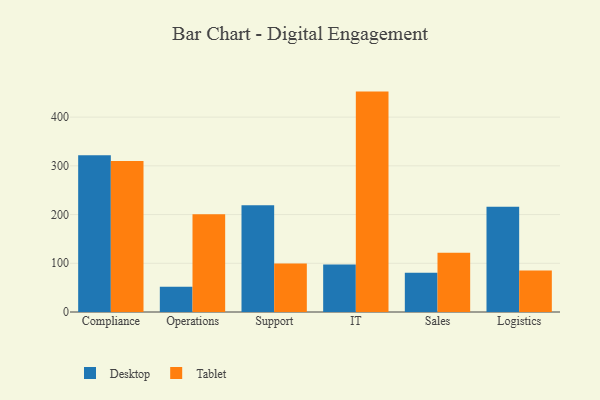
{"axis": {"x": "Department", "y": "Website Visitors"}, "legend": ["Desktop", "Tablet"], "data": [{"x": "Compliance", "y": 321.5, "type": "Desktop"}, {"x": "Compliance", "y": 310.2, "type": "Tablet"}, {"x": "Operations", "y": 51.6, "type": "Desktop"}, {"x": "Operations", "y": 200.9, "type": "Tablet"}, {"x": "Support", "y": 219.0, "type": "Desktop"}, {"x": "Support", "y": 99.8, "type": "Tablet"}, {"x": "IT", "y": 97.4, "type": "Desktop"}, {"x": "IT", "y": 452.4, "type": "Tablet"}, {"x": "Sales", "y": 80.4, "type": "Desktop"}, {"x": "Sales", "y": 121.4, "type": "Tablet"}, {"x": "Logistics", "y": 216.0, "type": "Desktop"}, {"x": "Logistics", "y": 85.4, "type": "Tablet"}]}